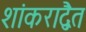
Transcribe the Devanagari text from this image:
शांकराद्वैत